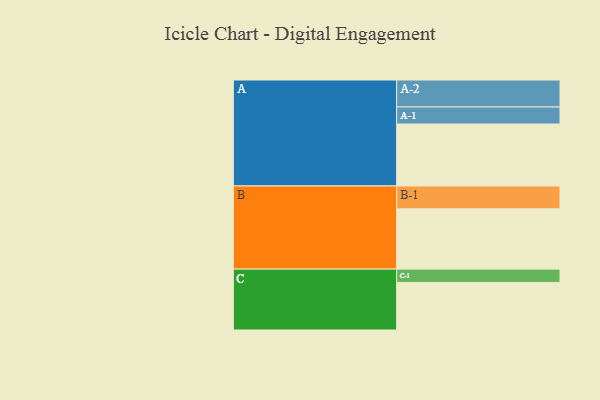
{"axis": {"x": "Segment", "y": "Value"}, "legend": ["", "A", "B", "C"], "data": [{"x": "A", "y": 404, "type": ""}, {"x": "B", "y": 393, "type": ""}, {"x": "C", "y": 310, "type": ""}, {"x": "A-1", "y": 111, "type": "A"}, {"x": "A-2", "y": 176, "type": "A"}, {"x": "B-1", "y": 149, "type": "B"}, {"x": "C-1", "y": 87, "type": "C"}]}